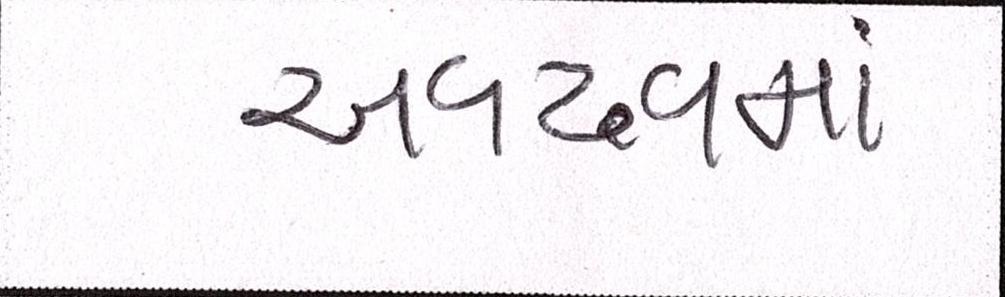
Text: અવઢવમાં